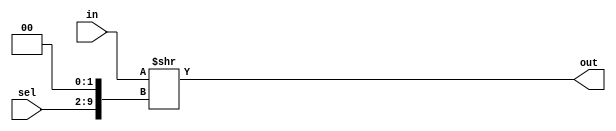
module top_module( 
    input [1023:0] in,
    input [7:0] sel,
    output [3:0] out
);

wire [9:0] sel_shift = sel << 2;

assign out = in >> sel_shift;

endmodule